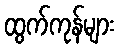
ထွက်ကုန်များ